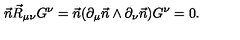
\vec { n } \vec { R } _ { \mu \nu } G ^ { \nu } = \vec { n } ( \partial _ { \mu } \vec { n } \wedge \partial _ { \nu } \vec { n } ) G ^ { \nu } = 0 .